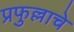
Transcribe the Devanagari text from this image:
प्रफुल्लाचे